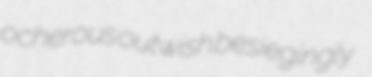
ocherous outwish besiegingly